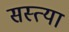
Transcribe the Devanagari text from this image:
सस्त्या